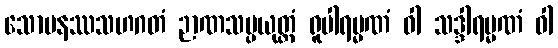
သောမနဿသဟဂတံ ဉာဏသမ္ပယုတ္တံ ရူပါရမ္မဏံ ဝါ သဒ္ဒါရမ္မဏံ ဝါ